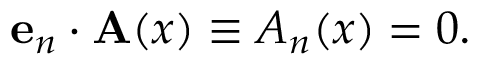
{ \bf e } _ { n } \cdot { \bf A } ( x ) \equiv A _ { n } ( x ) = 0 .